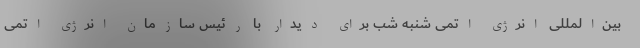
بین‌المللی انرژی اتمی شنبه شب برای دیدار با رئیس سازمان انرژی اتمی